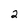
Character: 2